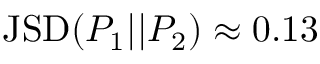
\mathrm { J S D } ( P _ { 1 } | | P _ { 2 } ) \approx 0 . 1 3